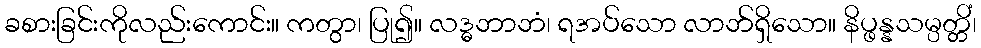
ခစားခြင်းကိုလည်းကောင်း။ ကတွာ၊ ပြု၍။ လဒ္ဓဘာဘံ၊ ရအပ်သော လာဘ်ရှိသော။ နိပ္ဖန္နသမ္ပတ္တိံ၊